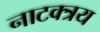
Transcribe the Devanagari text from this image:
नाटक्त्रय